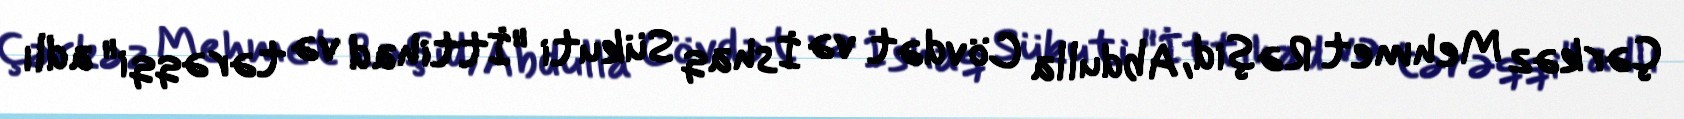
Çərkəz Mehmet Rəşid, Abdulla Cövdət və İshaq Sükuti "İttihad və tərəqqi" adlı